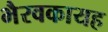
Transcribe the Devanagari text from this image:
भैरवकायह